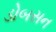
ડોબસન